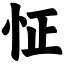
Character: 怔